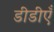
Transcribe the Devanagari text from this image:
डीडीएँ